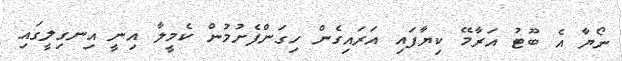
ނޯޔާ އެ ބޫޓު އަރާމޭ ކިޔާފައި އަރައިގެން ހިގަންފެށުމުން ކެމީލާ އިނީ އިނގިލީގައި